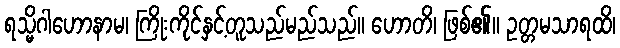
ရသ္မိဂါဟောနာမ၊ ကြိုးကိုင်နှင့်တူသည်မည်သည်။ ဟောတိ၊ ဖြစ်၏။ ဥတ္တမသာရထိ၊